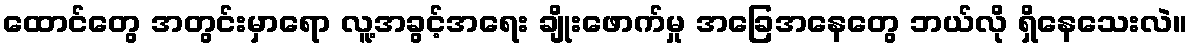
ထောင်တွေ အတွင်းမှာရော လူ့အခွင့်အရေး ချိုးဖောက်မှု အခြေအနေတွေ ဘယ်လို ရှိနေသေးလဲ။